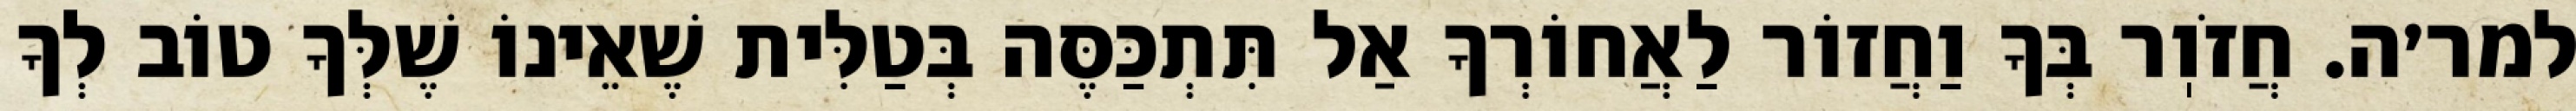
למר׳ה. חֲזֹוֽר בְּךָ וַחֲזוֹר לַאֲחוֹרְךָ אַל תִּתְכַּסֶּה בְּטַלִּית שֶׁאֵינוֹ שֶׁלְּךָ טוֹב לְךָ